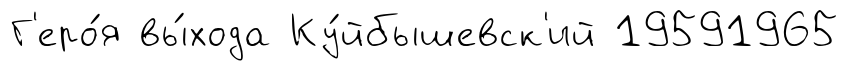
Г'еро́я вы́хода Ку́йбышевск'ий 19591965